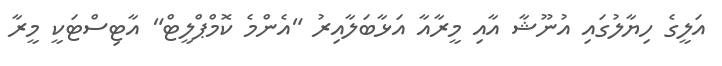
އަލީގެ ހިޔާލުގައި އުނޫޝާ އާއި މީރާއާ އަޅާބަލާއިރު "އެންމެ ކޮމްޕްލީޓް" އާޓިސްޓަކީ މީރާ